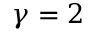
\gamma = 2